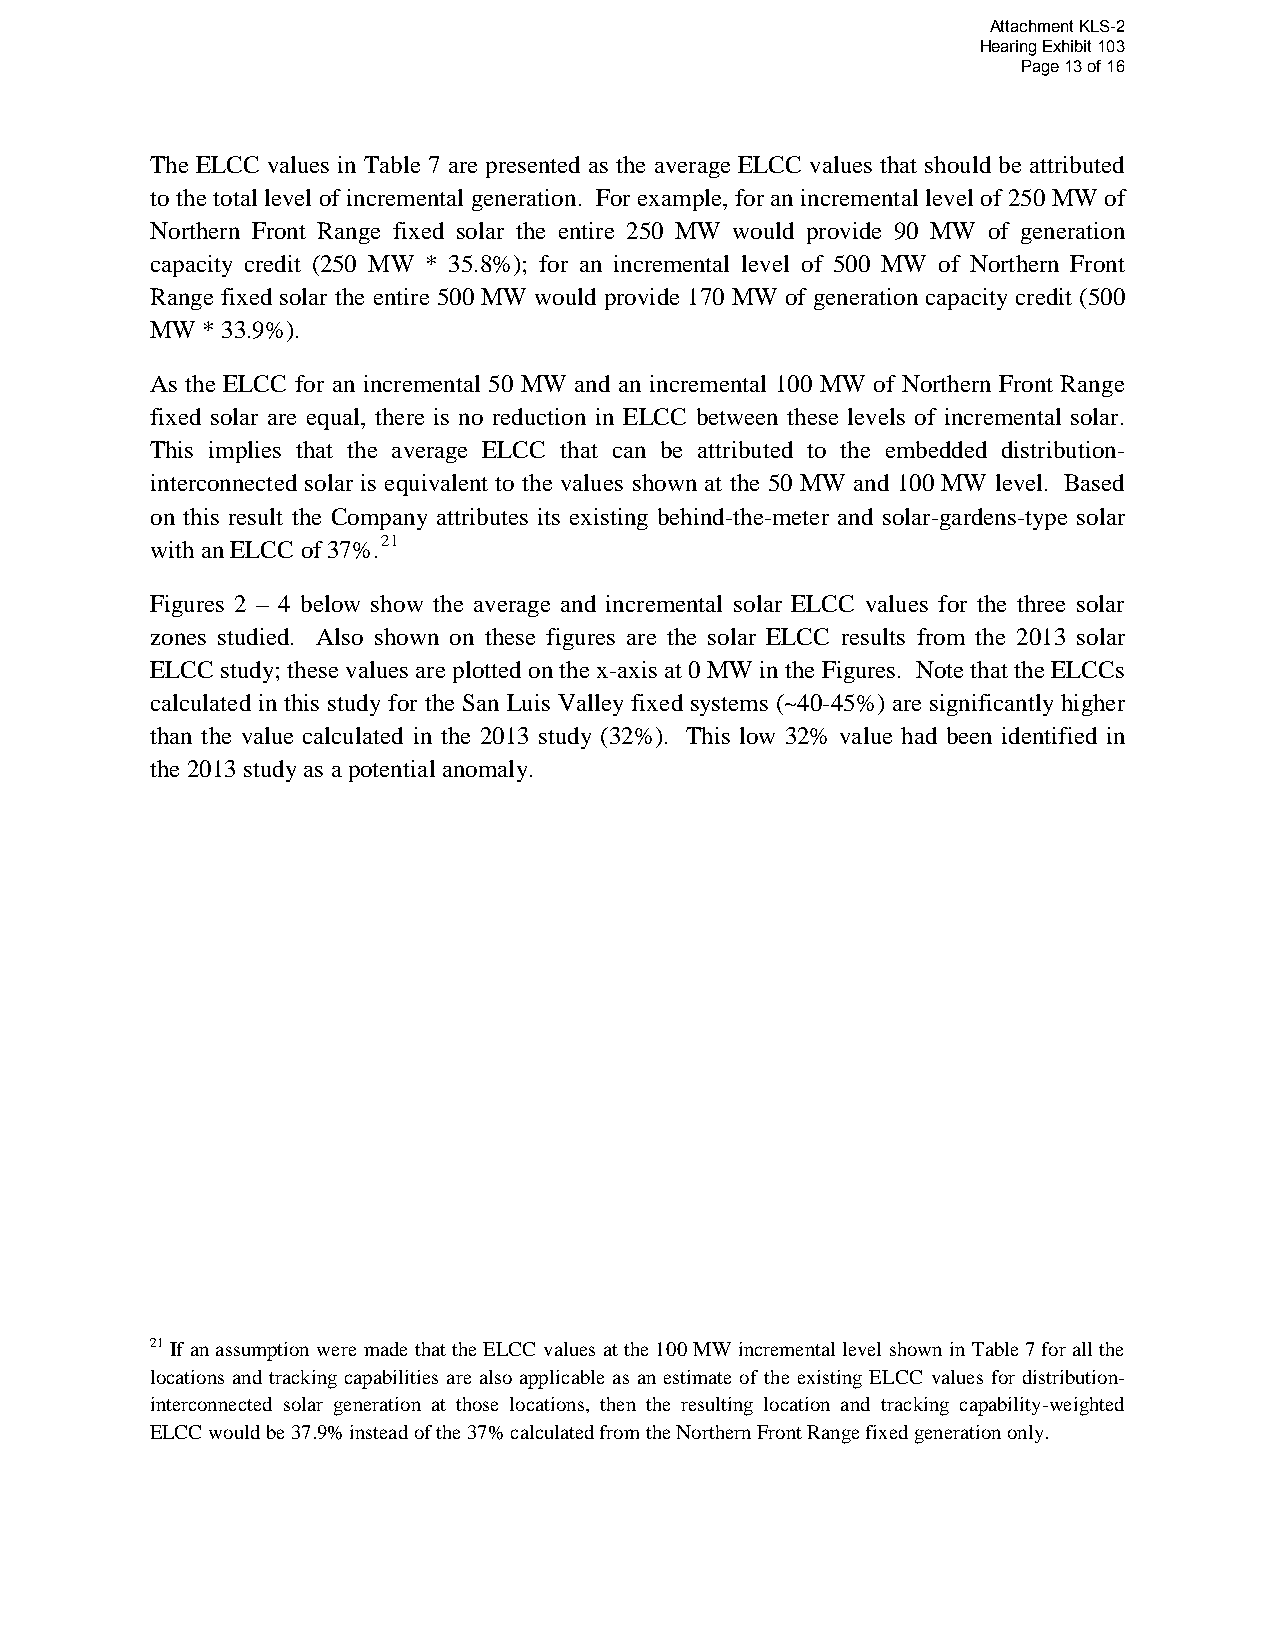
Attachment KLS-2
 Hearing Exhibit 103
 Page 13 of 16
 The ELCC values in Table 7 are presented as the average ELCC values that should be attributed
 to the total level of incremental generation. For example, for an incremental level of 250 MW of
 Northern Front Range fixed solar the entire 250 MW would provide 90 MW of generation
 capacity credit (250 MW * 35.8%); for an incremental level of 500 MW of Northern Front
 Range fixed solar the entire 500 MW would provide 170 MW of generation capacity credit (500
 MW * 33.9%).
 As the ELCC for an incremental 50 MW and an incremental 100 MW of Northern Front Range
 fixed solar are equal, there is no reduction in ELCC between these levels of incremental solar.
 This implies that the average ELCC that can be attributed to the embedded distribution-
 interconnected solar is equivalent to the values shown at the 50 MW and 100 MW level. Based
 on this result the Company attributes its existing behind-the-meter and solar-gardens-type solar
 with an ELCC of 37%.21
 Figures 2 – 4 below show the average and incremental solar ELCC values for the three solar
 zones studied. Also shown on these figures are the solar ELCC results from the 2013 solar
 ELCC study; these values are plotted on the x-axis at 0 MW in the Figures. Note that the ELCCs
 calculated in this study for the San Luis Valley fixed systems (~40-45%) are significantly higher
 than the value calculated in the 2013 study (32%). This low 32% value had been identified in
 the 2013 study as a potential anomaly.
 21 If an assumption were made that the ELCC values at the 100 MW incremental level shown in Table 7 for all the
 locations and tracking capabilities are also applicable as an estimate of the existing ELCC values for distribution-
 interconnected solar generation at those locations, then the resulting location and tracking capability-weighted
 ELCC would be 37.9% instead of the 37% calculated from the Northern Front Range fixed generation only.